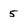
Character: 5